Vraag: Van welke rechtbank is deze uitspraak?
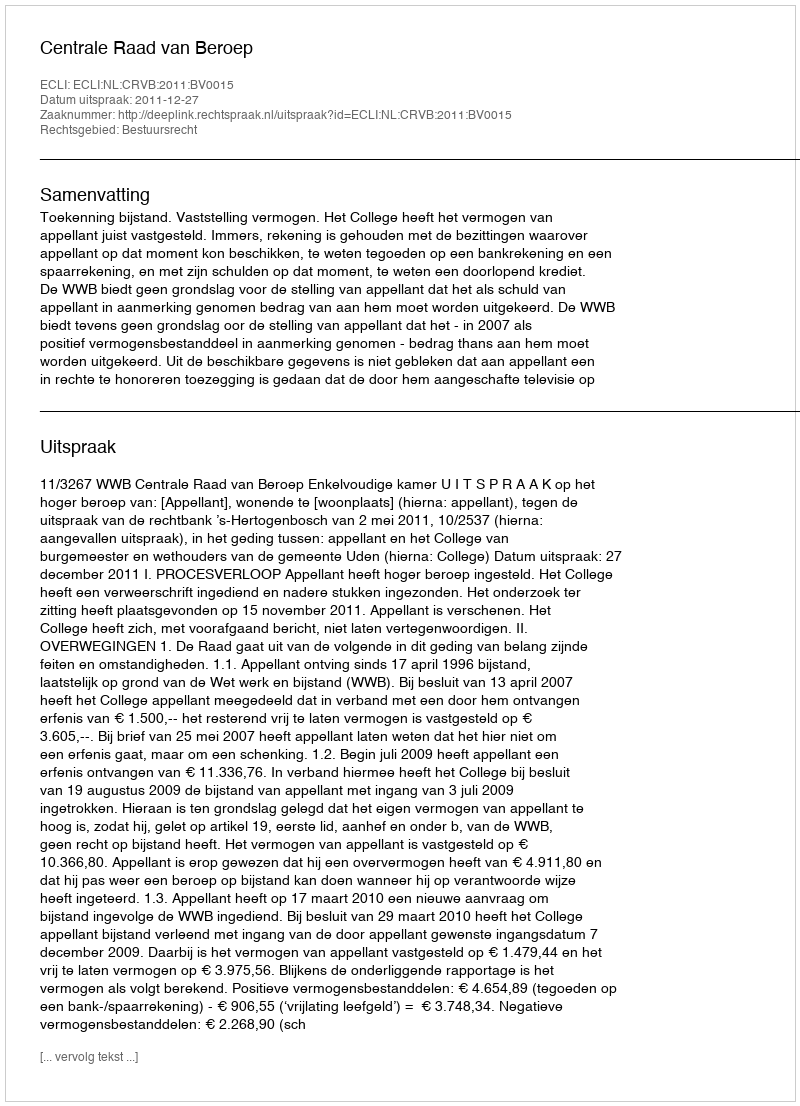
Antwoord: Centrale Raad van Beroep